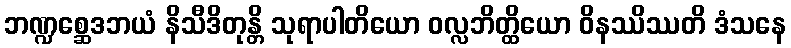
ဘဏ္ဍစ္ဆေဒဘယံ နိသီဒိတုန္တိ သုရာပါတိယော ဝလ္လဘိတ္ထိယော ဝိနဿိဿတိ ဒံသနေ